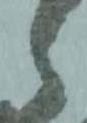
候